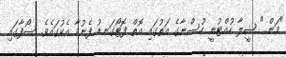
"މަން.." ޝީލާ ހުއްޓުނީ ހުސްނާގެ އަތުގައި އޮތް ފޮޓޯގަނޑު ފެނުމާ އެކުގައެވެ. ސޯފާގައި